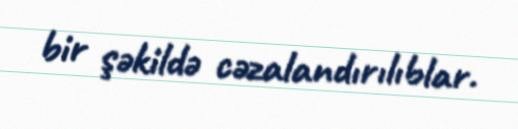
bir şəkildə cəzalandırılıblar.